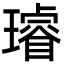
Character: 璿